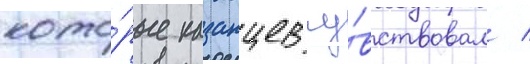
кото́рые казанцев чу́вствовал /